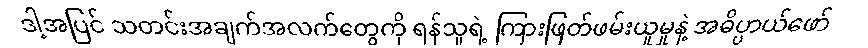
ဒါ့အပြင် သတင်းအချက်အလက်တွေကို ရန်သူရဲ့ ကြားဖြတ်ဖမ်းယူမှုနဲ့ အဓိပ္ပာယ်ဖော်